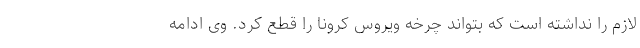
لازم را نداشته است که بتواند چرخه ویروس کرونا را قطع کرد. وی ادامه